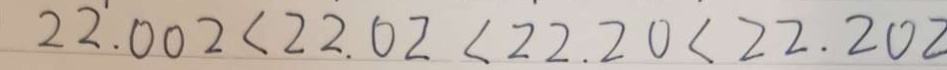
2 2 . 0 0 2 < 2 2 . 0 2 < 2 2 . 2 0 < 2 2 . 2 0 2